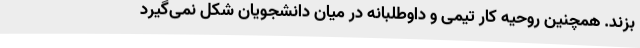
بزند. همچنین روحیه کار تیمی و داوطلبانه در میان دانشجویان شکل نمی‌گیرد